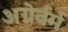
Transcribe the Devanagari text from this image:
अग्नेर्वर्म